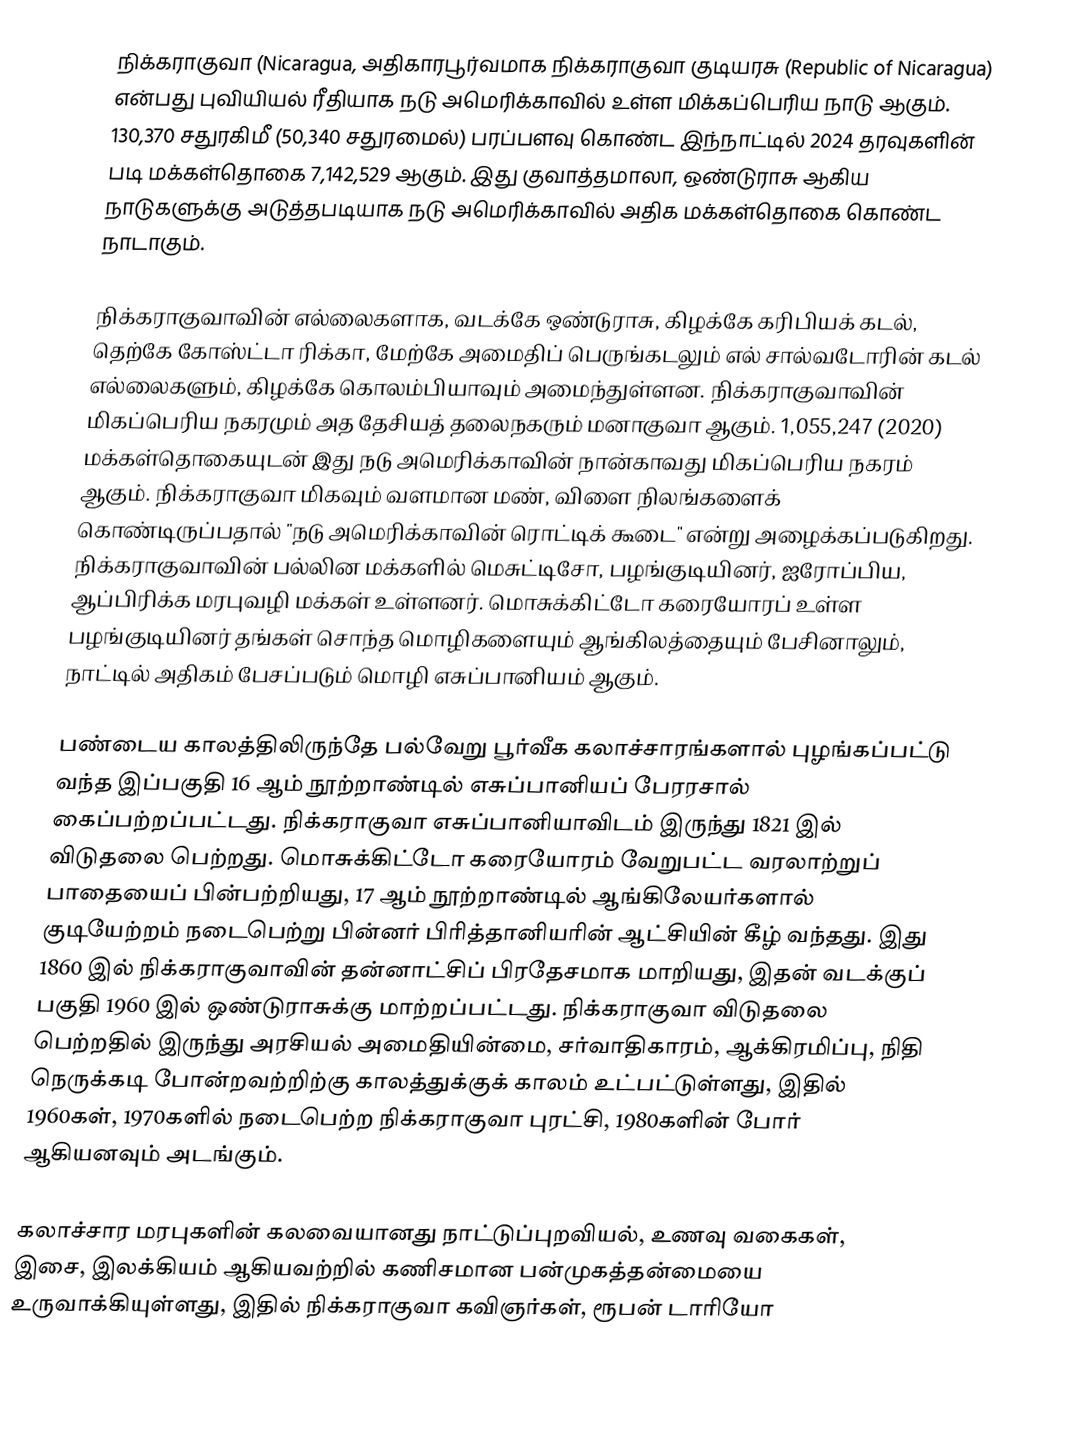
நிக்கராகுவா (Nicaragua, அதிகாரபூர்வமாக நிக்கராகுவா குடியரசு (Republic of Nicaragua) என்பது புவியியல் ரீதியாக நடு அமெரிக்காவில் உள்ள மிக்கப்பெரிய நாடு ஆகும். 130,370 சதுரகிமீ (50,340 சதுரமைல்) பரப்பளவு கொண்ட இந்நாட்டில் 2024 தரவுகளின் படி மக்கள்தொகை 7,142,529 ஆகும். இது குவாத்தமாலா, ஒண்டுராசு ஆகிய நாடுகளுக்கு அடுத்தபடியாக நடு அமெரிக்காவில் அதிக மக்கள்தொகை கொண்ட நாடாகும்.

நிக்கராகுவாவின் எல்லைகளாக, வடக்கே ஒண்டுராசு, கிழக்கே கரிபியக் கடல், தெற்கே கோஸ்ட்டா ரிக்கா, மேற்கே அமைதிப் பெருங்கடலும் எல் சால்வடோரின் கடல் எல்லைகளும், கிழக்கே கொலம்பியாவும் அமைந்துள்ளன. நிக்கராகுவாவின் மிகப்பெரிய நகரமும் அத தேசியத் தலைநகரும் மனாகுவா ஆகும். 1,055,247 (2020) மக்கள்தொகையுடன் இது நடு அமெரிக்காவின் நான்காவது மிகப்பெரிய நகரம் ஆகும். நிக்கராகுவா மிகவும் வளமான மண், விளை நிலங்களைக் கொண்டிருப்பதால் "நடு அமெரிக்காவின் ரொட்டிக் கூடை" என்று அழைக்கப்படுகிறது. நிக்கராகுவாவின் பல்லின மக்களில் மெசுட்டிசோ, பழங்குடியினர், ஐரோப்பிய, ஆப்பிரிக்க மரபுவழி மக்கள் உள்ளனர். மொசுக்கிட்டோ கரையோரப் உள்ள பழங்குடியினர் தங்கள் சொந்த மொழிகளையும் ஆங்கிலத்தையும் பேசினாலும், நாட்டில் அதிகம் பேசப்படும் மொழி எசுப்பானியம் ஆகும்.

பண்டைய காலத்திலிருந்தே பல்வேறு பூர்வீக கலாச்சாரங்களால் புழங்கப்பட்டு வந்த இப்பகுதி 16 ஆம் நூற்றாண்டில் எசுப்பானியப் பேரரசால் கைப்பற்றப்பட்டது. நிக்கராகுவா எசுப்பானியாவிடம் இருந்து 1821 இல் விடுதலை பெற்றது. மொசுக்கிட்டோ கரையோரம் வேறுபட்ட வரலாற்றுப் பாதையைப் பின்பற்றியது, 17 ஆம் நூற்றாண்டில் ஆங்கிலேயர்களால் குடியேற்றம் நடைபெற்று பின்னர் பிரித்தானியரின் ஆட்சியின் கீழ் வந்தது. இது 1860 இல் நிக்கராகுவாவின் தன்னாட்சிப் பிரதேசமாக மாறியது, இதன் வடக்குப் பகுதி 1960 இல் ஒண்டுராசுக்கு மாற்றப்பட்டது. நிக்கராகுவா விடுதலை பெற்றதில் இருந்து அரசியல் அமைதியின்மை, சர்வாதிகாரம், ஆக்கிரமிப்பு, நிதி நெருக்கடி போன்றவற்றிற்கு காலத்துக்குக் காலம் உட்பட்டுள்ளது, இதில் 1960கள், 1970களில் நடைபெற்ற நிக்கராகுவா புரட்சி, 1980களின் போர் ஆகியனவும் அடங்கும்.

கலாச்சார மரபுகளின் கலவையானது நாட்டுப்புறவியல், உணவு வகைகள், இசை, இலக்கியம் ஆகியவற்றில் கணிசமான பன்முகத்தன்மையை உருவாக்கியுள்ளது, இதில் நிக்கராகுவா கவிஞர்கள், ரூபன் டாரியோ